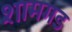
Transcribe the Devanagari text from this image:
शामगड